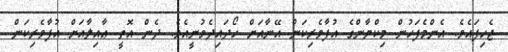
ޖެހިފައެވެ. އެންމެފަހުން މިކްޔާންގެ އުފާވެރިކަން އޭނާއަށް ހޯދައިދެވުނީއެވެ. ދެން އޮތީ ޢާއިލާއަށް އުފާވެރިކަން